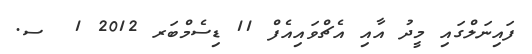
ފައިނަލްގައި މީދު އާއި އެޗްވައިއެފް 11 ޑިސެމްބަރ 2012 1  ސ.